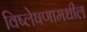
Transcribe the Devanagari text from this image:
विष्लेषणामधील